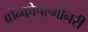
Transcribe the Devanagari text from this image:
ब्रोन्कोपल्मोनरी